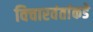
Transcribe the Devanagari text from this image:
विचारवंतांकडे